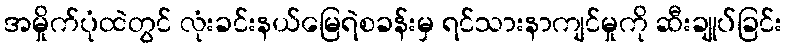
အမှိုက်ပုံထဲတွင် လုံးခင်းနယ်မြေရဲစခန်းမှ ရင်သားနာကျင်မှုကို ဆီးချုပ်ခြင်း